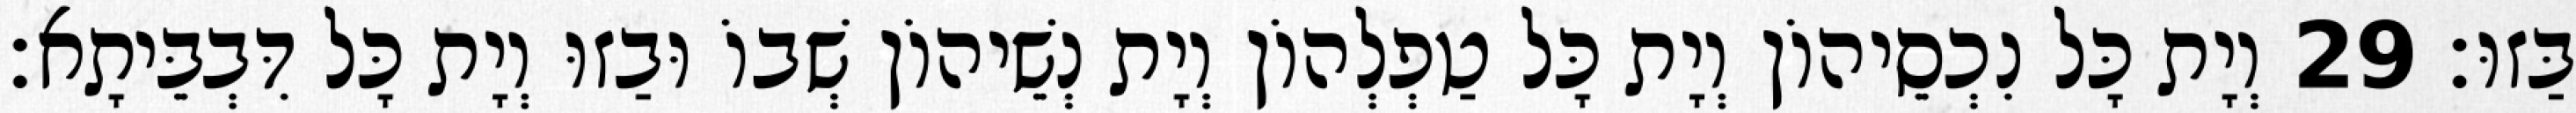
בַּזוּ׃ 29 וְיָת כָּל נִכְסֵיהוֹן וְיָת כָּל טַפְלְהוֹן וְיָת נְשֵׁיהוֹן שְׁבוֹ וּבַזוּ וְיָת כָּל דִּבְבֵּיתָא׃